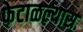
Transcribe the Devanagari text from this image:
फेटाळल्यास